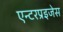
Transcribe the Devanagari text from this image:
एन्टरप्रइजेस